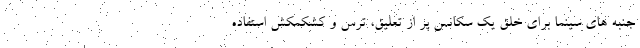
جنبه های سینما برای خلق یک سکانس پر از تعلیق، ترس و کشکمکش استفاده